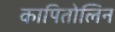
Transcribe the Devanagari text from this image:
कापितोलिन